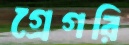
গ্রেগরি